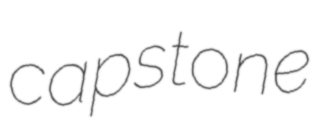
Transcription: capstone